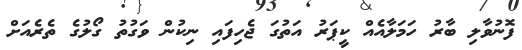
ފޮނުވާލި ބާރު ހަމަލާއެއް ކީޕަރު އަތުގަ ޖެހިފައި ނިކުން ވަގުތު ގޯލުގެ ތެރެއަށް